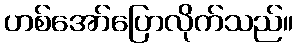
ဟစ်အော်ပြောလိုက်သည်။